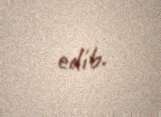
edib.